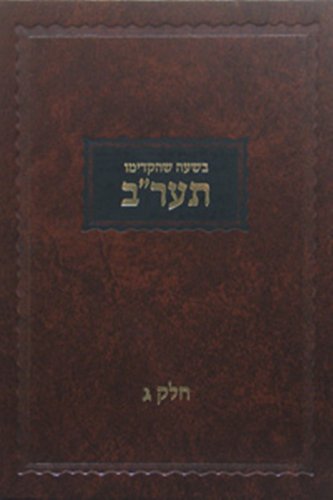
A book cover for Beshoo Shehikdimu - 5672 vol.3 (Maamorim Rebbe Rashab) (Hebrew Edition); Rabbi Shalom DovBer Schneersohn; Religion & Spirituality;